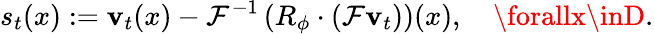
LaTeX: s_{t}(x):=\mathbf{v}_{t}(x)-\mathcal{{F}}^{-1}\left(R_{\phi}\cdot\left(\mathcal{{F}}\mathbf{v}_{t}\right)\right)(x),\quad\forallx\inD.